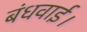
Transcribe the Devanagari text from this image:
बंधवाई।